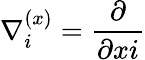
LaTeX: \nabla_{i}^{(x)}=\frac{\partial}{\partial x{i}}